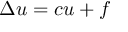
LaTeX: \Delta u = c u + f